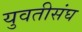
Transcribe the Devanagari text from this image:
युवतीसंघ